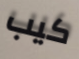
كيب